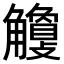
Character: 𧥎